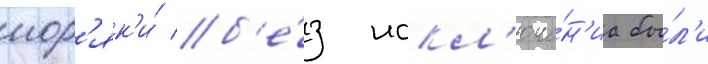
мор'як'и́ б'е́з искл'юче́н'иа бы́л'и